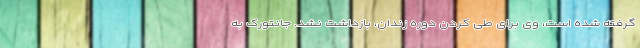
گرفته شده است، وی برای طی کردن دوره زندان، بازداشت نشد. جانتورک به